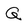
Character: Q